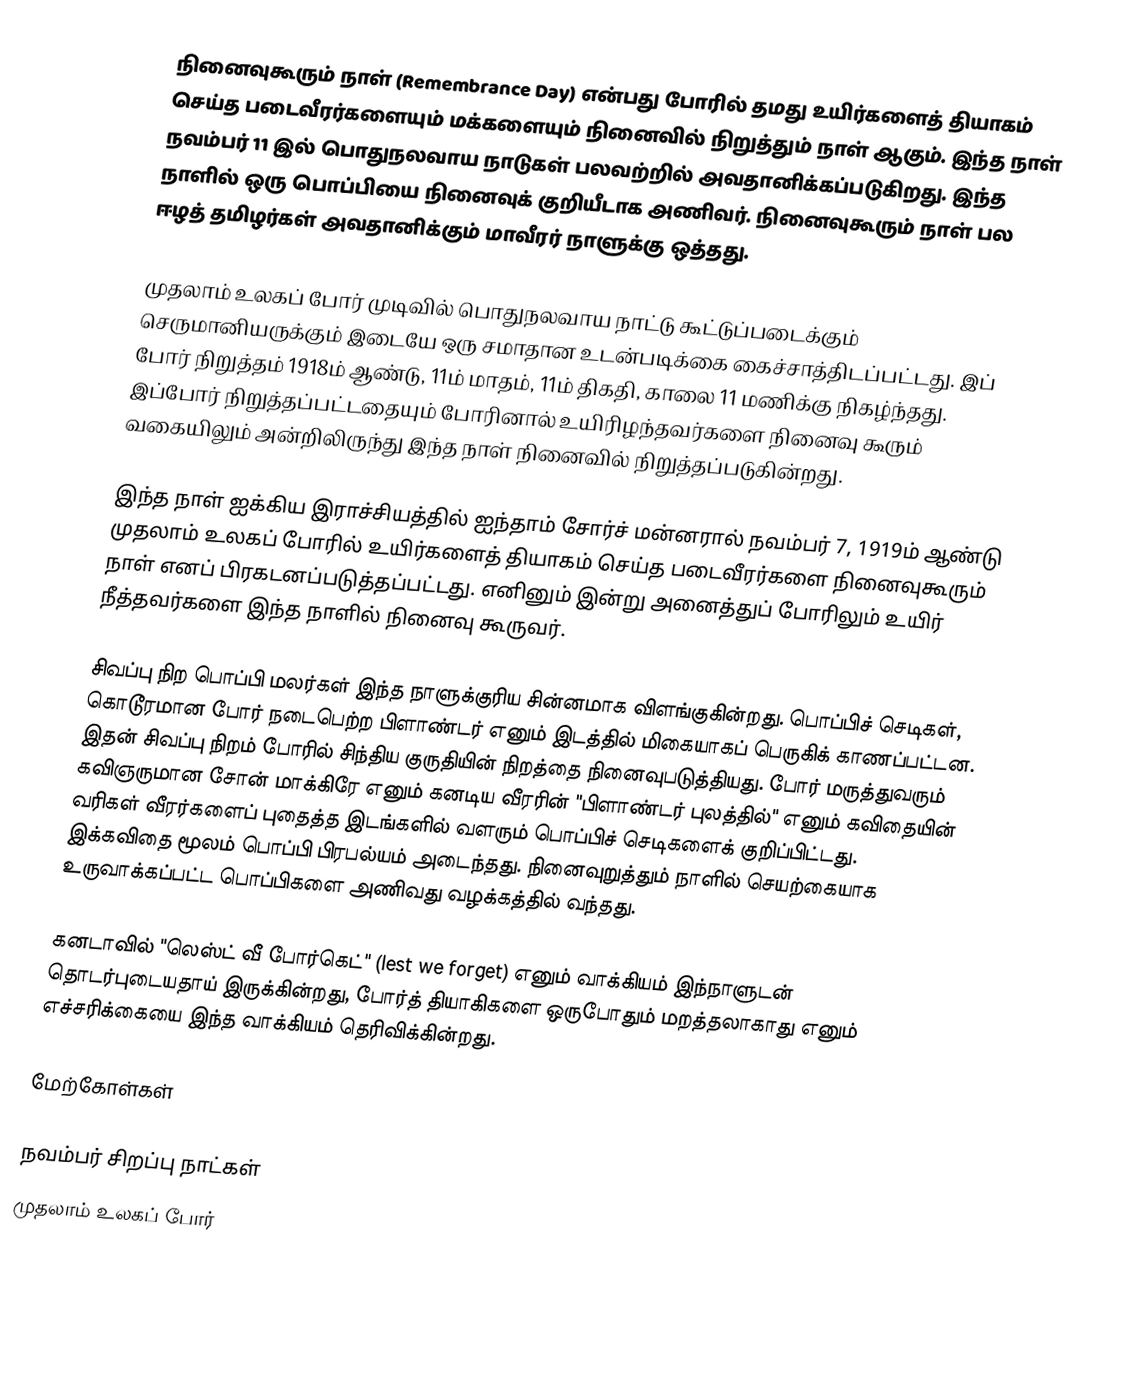
நினைவுகூரும் நாள் (Remembrance Day) என்பது போரில் தமது உயிர்களைத் தியாகம் செய்த படைவீரர்களையும் மக்களையும் நினைவில் நிறுத்தும் நாள் ஆகும்.  இந்த நாள் நவம்பர் 11 இல் பொதுநலவாய நாடுகள் பலவற்றில் அவதானிக்கப்படுகிறது.  இந்த நாளில் ஒரு பொப்பியை நினைவுக் குறியீடாக அணிவர்.  நினைவுகூரும் நாள் பல ஈழத் தமிழர்கள் அவதானிக்கும் மாவீரர் நாளுக்கு ஒத்தது.

முதலாம் உலகப் போர் முடிவில் பொதுநலவாய நாட்டு கூட்டுப்படைக்கும் செருமானியருக்கும் இடையே ஒரு சமாதான உடன்படிக்கை கைச்சாத்திடப்பட்டது. இப் போர் நிறுத்தம் 1918ம் ஆண்டு, 11ம் மாதம், 11ம் திகதி, காலை 11 மணிக்கு நிகழ்ந்தது. இப்போர் நிறுத்தப்பட்டதையும் போரினால் உயிரிழந்தவர்களை நினைவு கூரும் வகையிலும் அன்றிலிருந்து இந்த நாள் நினைவில் நிறுத்தப்படுகின்றது.

இந்த நாள் ஐக்கிய இராச்சியத்தில் ஐந்தாம் சோர்ச் மன்னரால் நவம்பர் 7, 1919ம் ஆண்டு முதலாம் உலகப் போரில் உயிர்களைத் தியாகம் செய்த படைவீரர்களை நினைவுகூரும் நாள் எனப் பிரகடனப்படுத்தப்பட்டது. எனினும் இன்று அனைத்துப் போரிலும் உயிர் நீத்தவர்களை இந்த நாளில் நினைவு கூருவர்.

சிவப்பு நிற பொப்பி மலர்கள் இந்த நாளுக்குரிய சின்னமாக விளங்குகின்றது. பொப்பிச் செடிகள், கொடூரமான போர் நடைபெற்ற பிளாண்டர் எனும் இடத்தில் மிகையாகப் பெருகிக் காணப்பட்டன. இதன் சிவப்பு நிறம் போரில் சிந்திய குருதியின் நிறத்தை நினைவுபடுத்தியது. போர் மருத்துவரும் கவிஞருமான சோன் மாக்கிரே எனும் கனடிய வீரரின் "பிளாண்டர் புலத்தில்" எனும் கவிதையின் வரிகள் வீரர்களைப் புதைத்த இடங்களில் வளரும் பொப்பிச் செடிகளைக் குறிப்பிட்டது. இக்கவிதை மூலம் பொப்பி பிரபல்யம் அடைந்தது. நினைவுறுத்தும் நாளில் செயற்கையாக உருவாக்கப்பட்ட பொப்பிகளை அணிவது வழக்கத்தில் வந்தது.

கனடாவில் "லெஸ்ட் வீ போர்கெட்" (lest we forget) எனும் வாக்கியம் இந்நாளுடன் தொடர்புடையதாய் இருக்கின்றது, போர்த் தியாகிகளை ஒருபோதும் மறத்தலாகாது எனும் எச்சரிக்கையை இந்த வாக்கியம் தெரிவிக்கின்றது.

மேற்கோள்கள்

நவம்பர் சிறப்பு நாட்கள்
முதலாம் உலகப் போர்